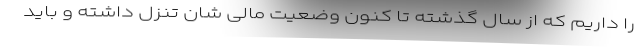
را داریم که از سال گذشته تا کنون وضعیت مالی شان تنزل داشته و باید